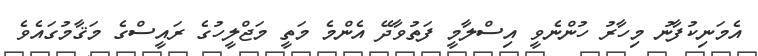
އެމަނިކުފާނު މިހާރު ހުންނެވީ އިސްލާމީ ފަތުވާދޭ އެންމެ މަތީ މަޖްލީހުގެ ރައީސްގެ މަޤާމުގައެވެ